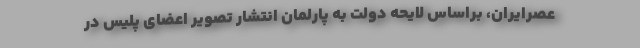
عصرایران، براساس لایحه دولت به پارلمان انتشار تصویر اعضای پلیس در